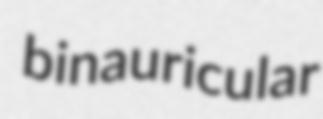
binauricular